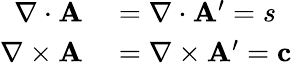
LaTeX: \begin{array}{rl}{\nabla\cdot\mathbf{A}}&{{}=\nabla\cdot\mathbf{A^{\prime}}=s}\\ {\nabla\times\mathbf{A}}&{{}=\nabla\times\mathbf{A^{\prime}}=\mathbf{c}}\end{array}